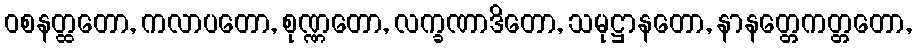
ဝစနတ္ထတော, ကလာပတော, စုဏ္ဏတော, လက္ခဏာဒိတော, သမုဋ္ဌာနတော, နာနတ္တေကတ္တတော,